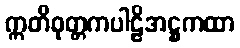
ဣတိဝုတ္တကပါဠိအဋ္ဌကထာ